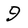
Character: 9